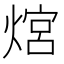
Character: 熍